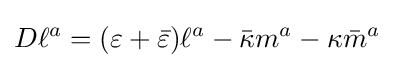
D\ell ^{a}=(\varepsilon +{\bar {\varepsilon }})\ell ^{a}-{\bar {\kappa }}m^{a}-\kappa {\bar {m}}^{a}